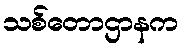
သစ်တောဌာနက